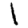
Digit: 1